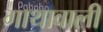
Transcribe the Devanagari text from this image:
गाथावाली